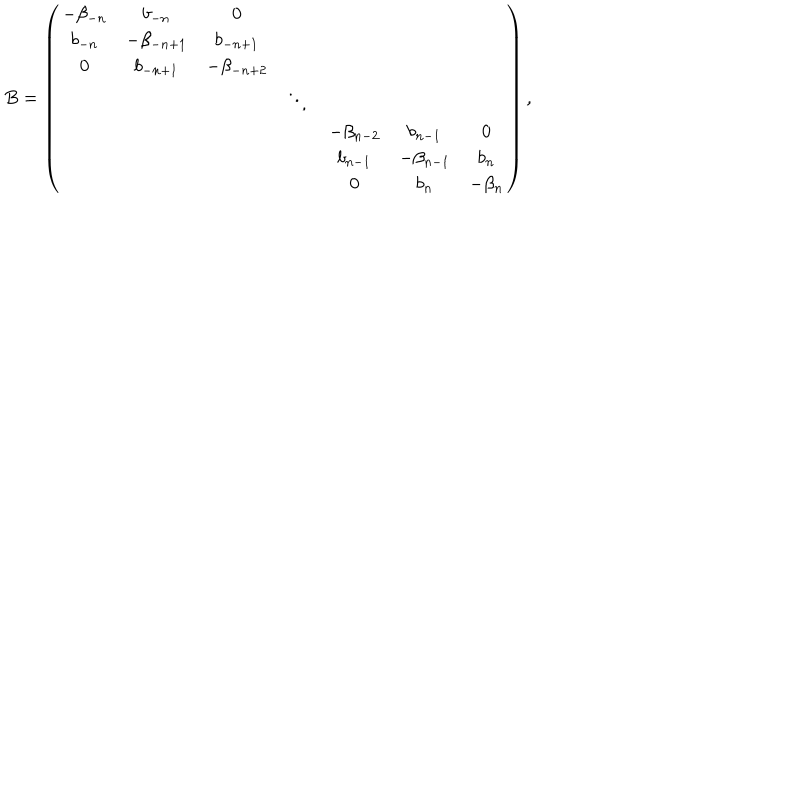
B = \left( \begin{array} { c c c c c c c } { { - \beta _ { - n } } } & { { b _ { - n } } } & { { 0 } } & { { } } & { { } } & { { } } & { { } } \\ { { b _ { - n } } } & { { - \beta _ { - n + 1 } } } & { { b _ { - n + 1 } } } & { { } } & { { } } & { { } } & { { } } \\ { { 0 } } & { { b _ { - n + 1 } } } & { { - \beta _ { - n + 2 } } } & { { } } & { { } } & { { } } & { { } } \\ { { } } & { { } } & { { } } & { { \ddots } } & { { } } & { { } } & { { } } \\ { { } } & { { } } & { { } } & { { } } & { { - \beta _ { n - 2 } } } & { { b _ { n - 1 } } } & { { 0 } } \\ { { } } & { { } } & { { } } & { { } } & { { b _ { n - 1 } } } & { { - \beta _ { n - 1 } } } & { { b _ { n } } } \\ { { } } & { { } } & { { } } & { { } } & { { 0 } } & { { b _ { n } } } & { { - \beta _ { n } } } \\ \end{array} \right) ,